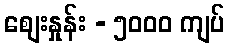
စျေးနှုန်း - ၅၀၀၀ ကျပ်